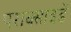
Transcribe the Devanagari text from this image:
पराक्साइडें